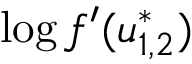
\log f ^ { \prime } ( u _ { 1 , 2 } ^ { * } )